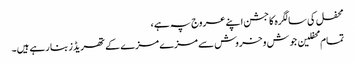
محفل کی سالگرہ کاجشن اپنے عروج پہ ہے ،
تمام محفلین جوش و خروش سے مزے مزے کے تھریڈز بنا رہے ہیں۔